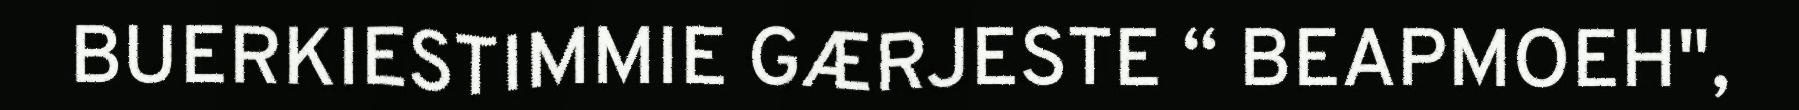
BUERKIESTIMMIE GÆRJESTE “ BEAPMOEH",